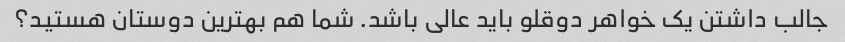
جالب داشتن یک خواهر دوقلو باید عالی باشد. شما هم بهترین دوستان هستید؟